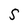
Character: S